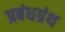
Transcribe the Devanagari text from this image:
प्रबंधग्रंथ